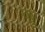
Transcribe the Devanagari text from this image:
क्रुं